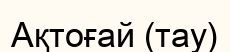
Ақтоғай (тау)